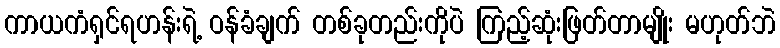
ကာယကံရှင်ရဟန်းရဲ့ ဝန်ခံချက် တစ်ခုတည်းကိုပဲ ကြည့်ဆုံးဖြတ်တာမျိုး မဟုတ်ဘဲ